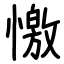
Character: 憿